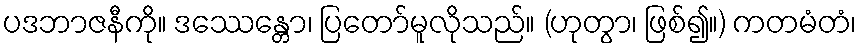
ပဒဘာဇနီကို။ ဒဿေန္တော၊ ပြတော်မူလိုသည်။ (ဟုတွာ၊ ဖြစ်၍။) ကတမံတံ၊